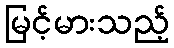
မြင့်မားသည့်